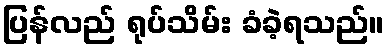
ပြန်လည် ရုပ်သိမ်း ခံခဲ့ရသည်။